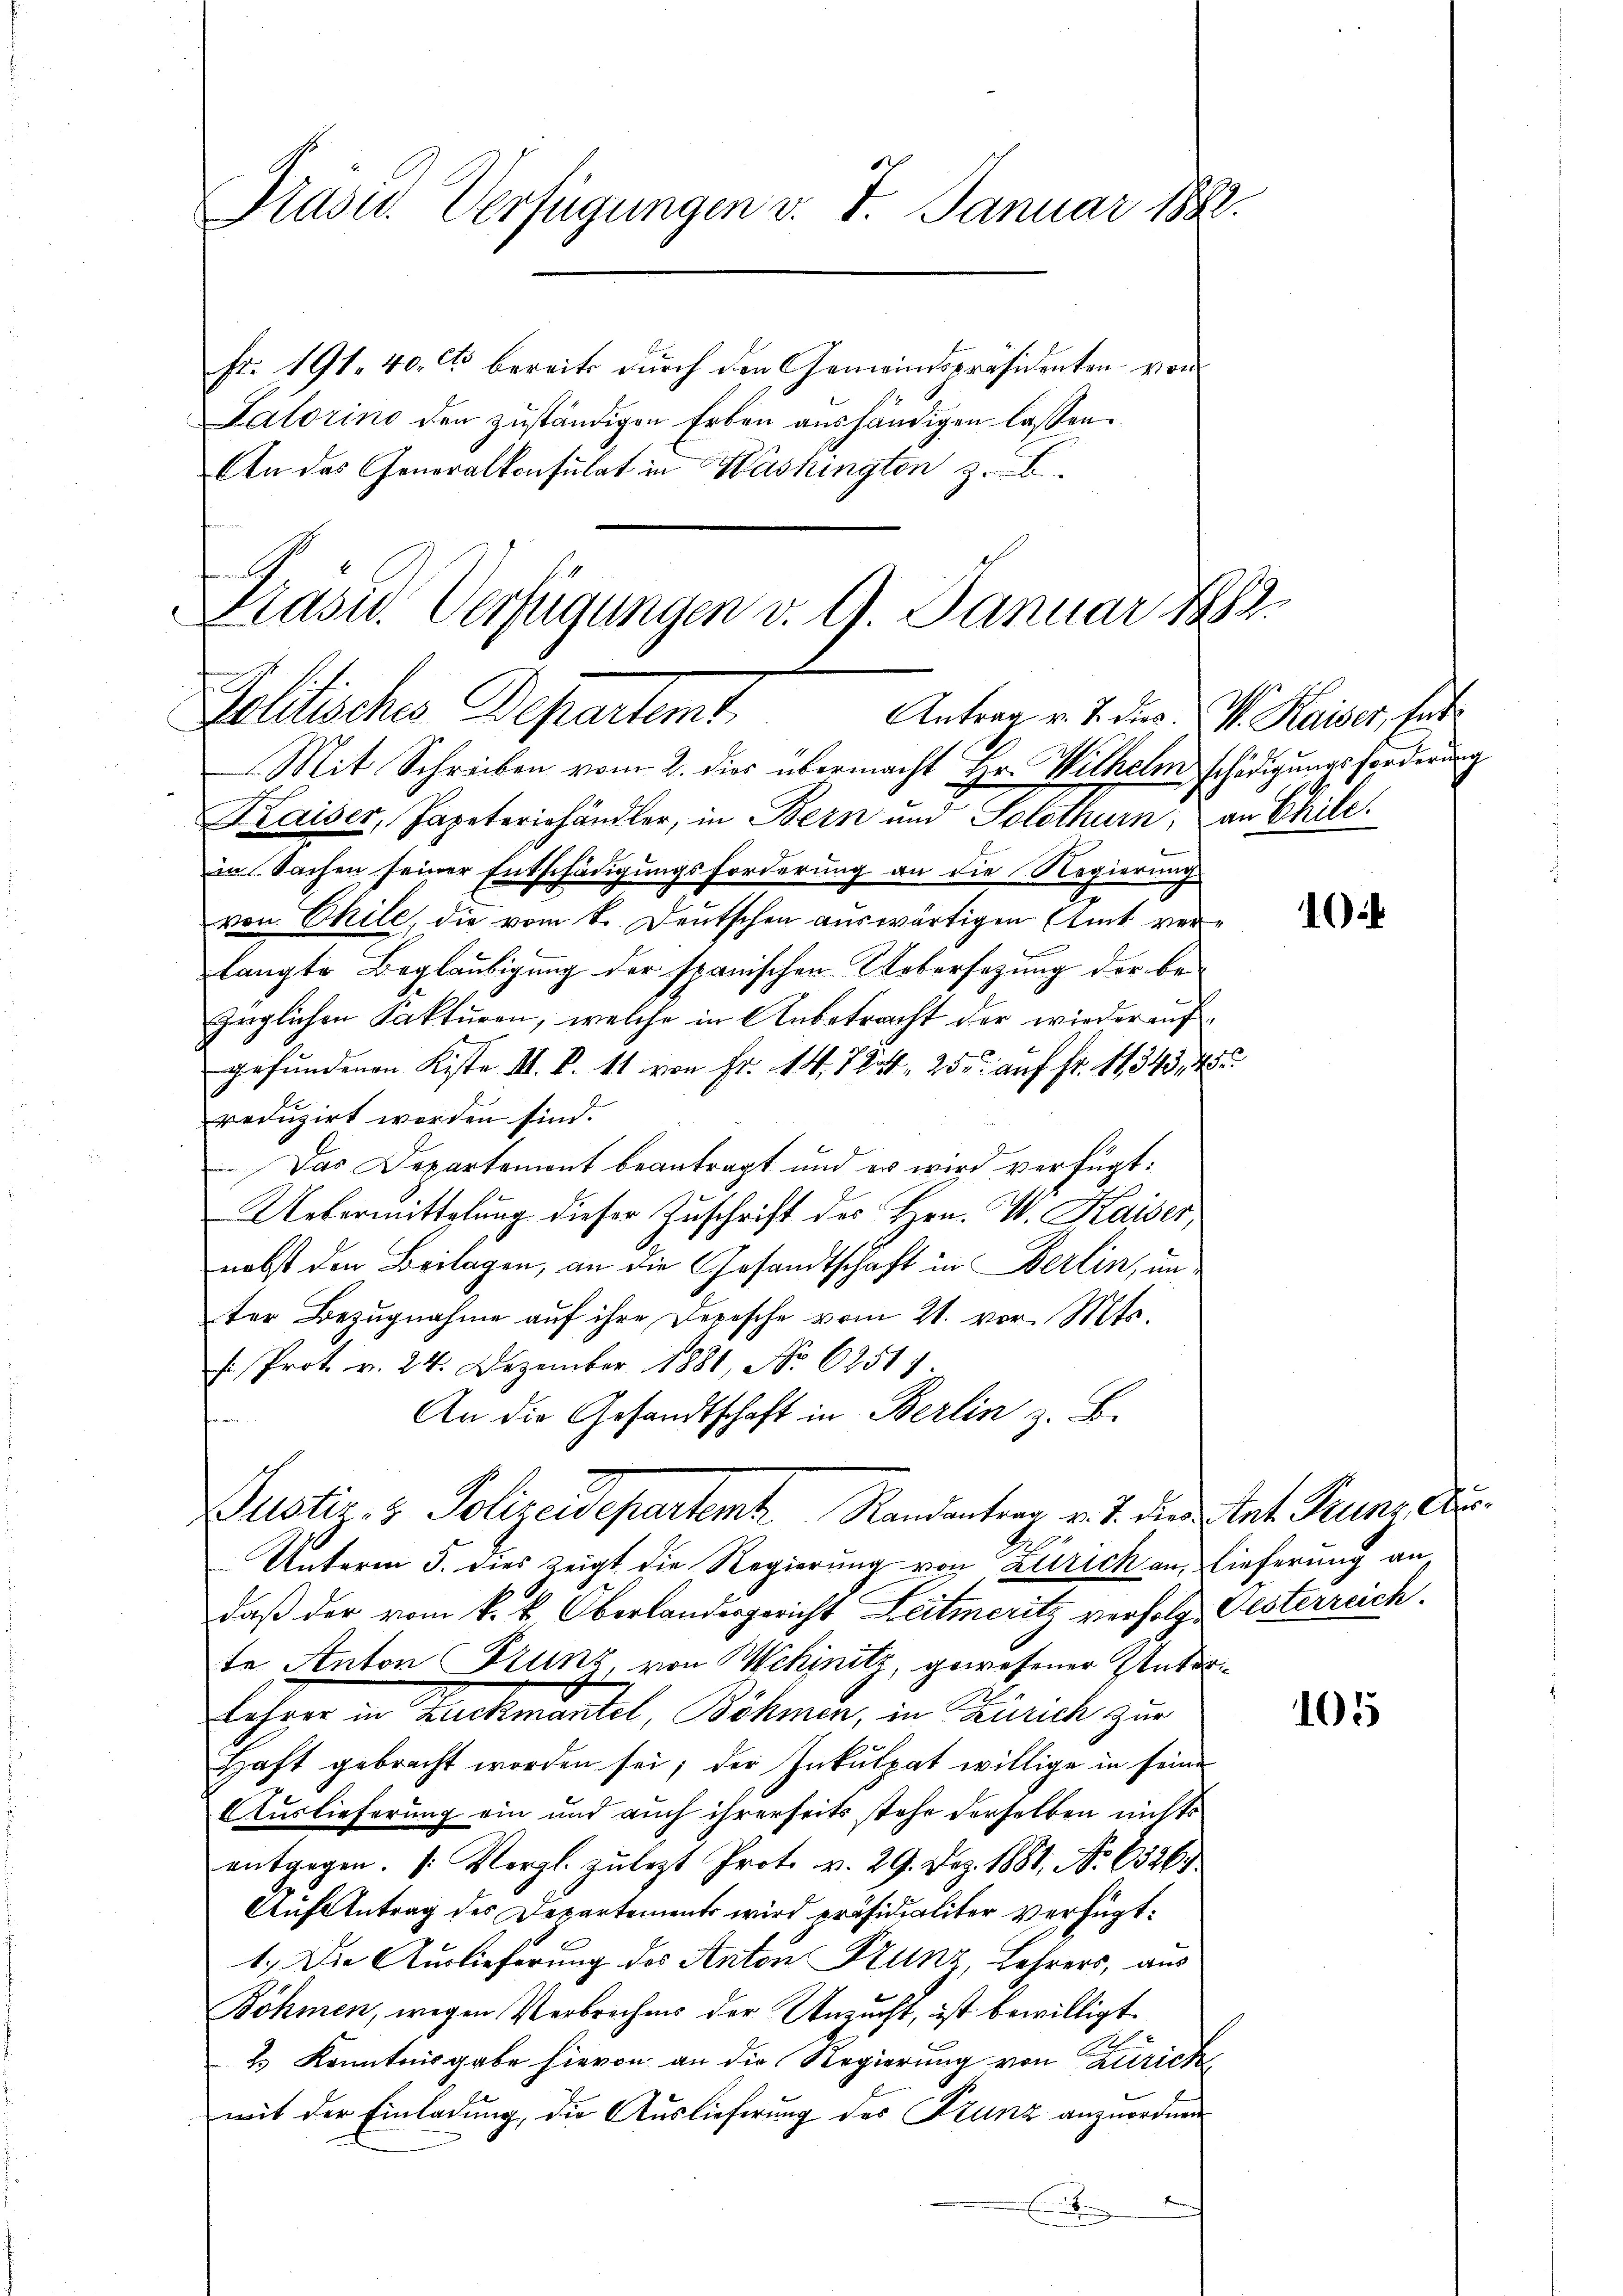
Präsid. Verfügungen v. 7. Januar 1882.

fr. 191. 40. Cto bereits durch den Gemeindspräsidenten von
Lalorino den zuständigen Erben aushändigen lassen.
An das Generalkonsulat in Washington z. E.

t
Kasu. Verfügungen v. 9. Januar 1882.
Politisches Departent.
Antrag v. J. dies. v. Kaiser, hat

Mit Schreiben vom 2. dies übermacht Hr. Wilhelm schädigungsforderung
Kaiser, Japeteriehändler, in Bern und Solothurn, an Chile.
in Sachen seiner Entschädigungsforderung an die Regierung
von Chile, die vom k. Deutschen auswärtigen Amt verlangte Beglaubigung der spanischen Uebersatzung der be-
züglichen Fakturen, welche in Anbetracht der wieder aufgefundenen Kiste II. B. 11 von Fr. 14. 724, 25. auf Fr. 11343, 45
reduzirt worden sind.
 Das Departement beantragt und er wird verfügt:
Uebermittlung dieser Zuschrift des Hrn. J. Kaiser,
nebst den Beilagen, an die Gesandtschaft in Berlin, unter Bezugnahme auf ihre Depesche vom 21. vor. Mts.
Prot. v. 24. Dezember 1881, No 6251/
An die Gesandtschaft in Berlin z. B.
Justiz- & Polizeidepartemt Randanter v. J. die Stat. Franz erg
Unterm 5. dies zeigt die Regierung von Zürich an, lieferung an
daß der vom k. k. Oberlandergericht Leitmeritz verfolge Gesterreich.
te Anton Trunz von Schinitz, gewesener Unter¬
Lehren in Bachmäntel, Böhmen, in Zürich zur
Haft gebracht worden sei; der Inkulpat willige in seine
Auslieferung ein und auch ihrerseits stehe derselben nichts
entgegen. (Vergl. zulezt Prot. v. 29. Dez. 1881, No 65269
Auf Antrag des Departements wird präsidialiter Verfügt:
1.) Die Auslieferung des Anton Stunz, Lehrers, aus
Böhmen, wegen Verbrechens der Unzucht, ist bewilligt.
.
2.) Kenntnisgabe hievon an die Regierung von Zürich
mit der Einladung, die Auslieferung des Franz anzuordnen
E

1

105